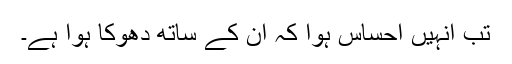
تب اُنہیں احساس ہوا کہ اُن کے ساتھ دھوکا ہوا ہے۔